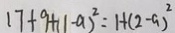
1 7 + 9 + ( 1 - a ) ^ { 2 } = 1 + ( 2 - a ) ^ { 2 }